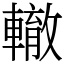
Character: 轍